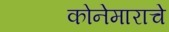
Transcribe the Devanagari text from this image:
कोनेमाराचे